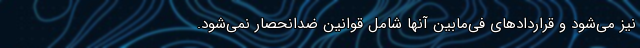
نیز می‌شود و قراردادهای فی‌مابین آنها شامل قوانین ضدانحصار نمی‌شود.